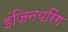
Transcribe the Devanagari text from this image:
इंजिनयरिंग